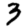
Digit: 3